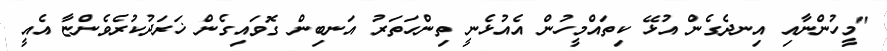
"މީހުންނާއި އިނދެގެން އުޅޭ ކިތައްމީހުން އެއުޅެނީ ތިންހަތަރު އަނބިން ގޮވައިގެން ޚަރަދުކުރެވެންޏާ އެއީ